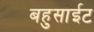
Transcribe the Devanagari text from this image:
बहुसाईट